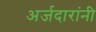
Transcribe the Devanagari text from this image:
अर्जदारांनी